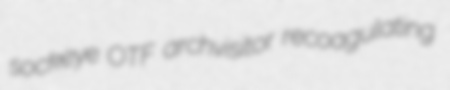
sockeye OTF archvisitor recoagulating